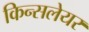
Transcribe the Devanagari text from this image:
किन्सलेयर